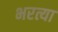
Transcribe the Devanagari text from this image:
भरत्या